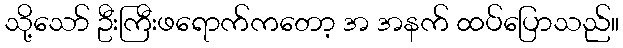
သို့သော် ဦးကြီးဖရောက်ကတော့ အ အနက် ထပ်ပြောသည်။